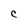
Character: C